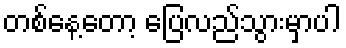
တစ်နေ့တော့ ပြေလည်သွားမှာပါ